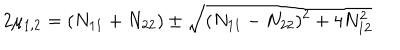
2 \mu _ { 1 , 2 } = ( N _ { 1 1 } + N _ { 2 2 } ) \pm \sqrt { ( N _ { 1 1 } - N _ { 2 2 } ) ^ { 2 } + 4 N _ { 1 2 } ^ { 2 } }